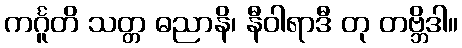
ကင်္ဂူတိ သတ္တ ဓညာနိ၊ နီဝါရာဒီ တု တဗ္ဘိဒါ။